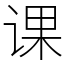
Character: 课